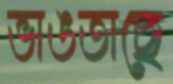
ভাঙতাছে